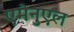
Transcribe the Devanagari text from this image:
एमेनुएल